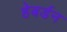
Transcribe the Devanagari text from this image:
हेबर्डन